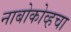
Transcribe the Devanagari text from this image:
नाबोकोव्हचा